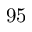
9 5